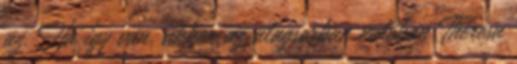
az. Ha így van, akkor az alagsorban valóban Theresa